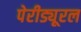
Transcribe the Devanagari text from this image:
पेरीड्यूरल